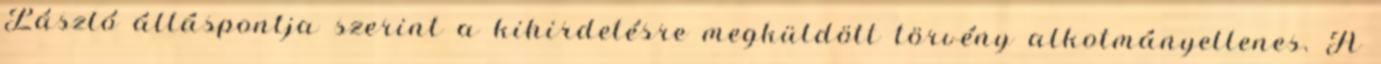
László álláspontja szerint a kihirdetésre megküldött törvény alkotmányellenes. A